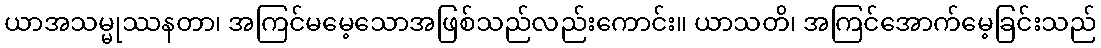
ယာအသမ္မုဿနတာ၊ အကြင်မမေ့သောအဖြစ်သည်လည်းကောင်း။ ယာသတိ၊ အကြင်အောက်မေ့ခြင်းသည်